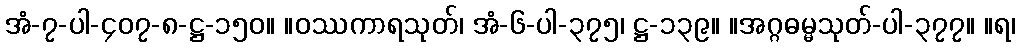
အံ-၇-ပါ-၄၀၇-၈-ဋ္ဌ-၁၅၀။ ။ဝဿကာရသုတ်၊ အံ-၆-ပါ-၃၇၅၊ ဋ္ဌ-၁၃၉။ ။အဂ္ဂဓမ္မသုတ်-ပါ-၃၇၇။ ။ရ၊